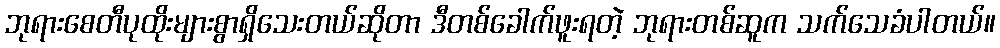
ဘုရားစေတီပုထိုးများစွာရှိသေးတယ်ဆိုတာ ဒီတစ်ခေါက်ဖူးရတဲ့ ဘုရားတစ်ဆူက သက်သေခံပါတယ်။